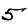
Digit: 5